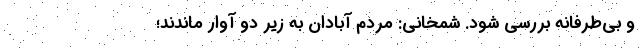
و بی‌طرفانه بررسی شود. شمخانی: مردم آبادان به زیر دو آوار ماندند؛